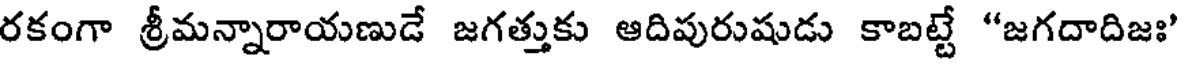
రకంగా శ్రీమన్నారాయణుడే జగత్తుకు ఆదిపురుషుడు కాబట్టే "జగదాదిజః